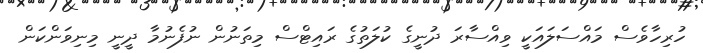
ހުރިހާވެސް މައްސަލަައަކީ ވިއްސާރަ ދުނީގެ ކުލަތުގެ ރައިޓްސް މިތަނުން ނުފެނުމާ ދީނީ މިނިވަންކަން